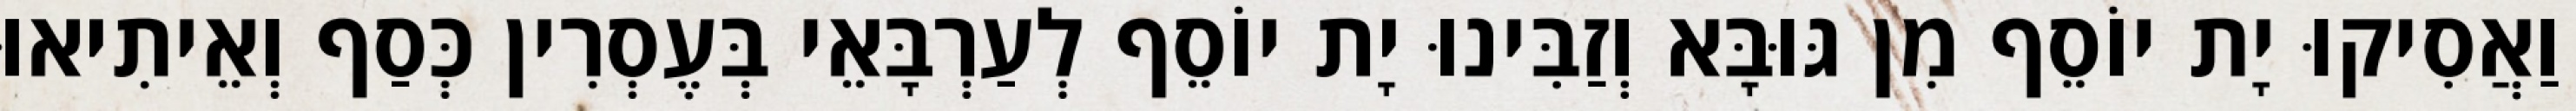
וַאֲסִיקוּ יָת יוֹסֵף מִן גּוּבָּא וְזַבִּינוּ יָת יוֹסֵף לְעַרְבָּאֵי בְּעֶסְרִין כְּסַף וְאֵיתִיאוּ